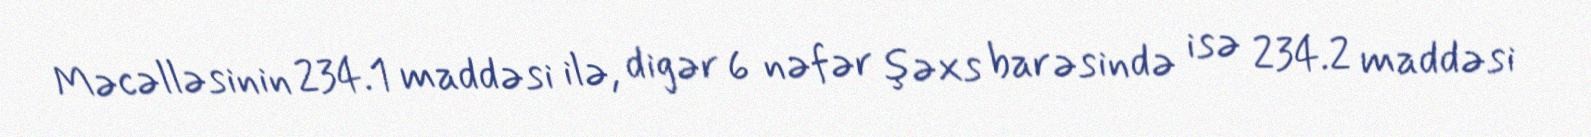
Məcəlləsinin 234.1 maddəsi ilə, digər 6 nəfər şəxs barəsində isə 234.2 maddəsi